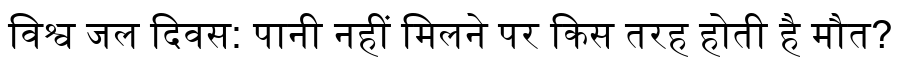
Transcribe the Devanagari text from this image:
विश्व जल दिवस: पानी नहीं मिलने पर किस तरह होती है मौत?